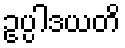
ဥပ္ပါဒယတိ